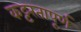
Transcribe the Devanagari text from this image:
कट्टरतापूर्ण